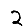
Digit: 2